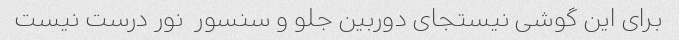
برای این گوشی نیستجای دوربین جلو و سنسور  نور درست نیست